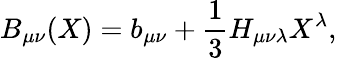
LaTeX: B_{\mu\nu}(X)=b_{\mu\nu}+\frac{1}{3}H_{\mu\nu\lambda}X^{\lambda},